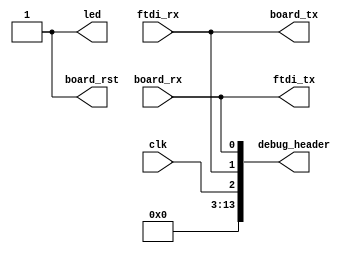
module top
(
    input wire          clk,
    input wire          ftdi_rx,
    output wire         ftdi_tx,
    input wire          board_rx,
    output wire         board_tx,
    output wire         board_rst,
    output reg          led = 1'b1,
    output wire [13:0]  debug_header
);

// Combinatorial logic
assign board_tx = ftdi_rx;
assign ftdi_tx = board_rx;
assign board_rst = 1'b1;
assign debug_header = {11'd0, clk, ftdi_rx, ftdi_tx};

endmodule